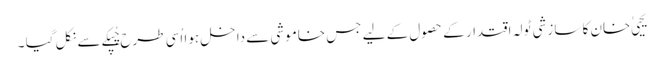
یحیی ٰ خان کا سازشی ٹولہ اقتدار کے حصول کے لیے جس خاموشی سے داخل ہوا اُسی طرح چُپکے سے نکل گیا ۔